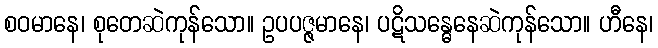
စဝမာနေ၊ စုတေဆဲကုန်သော။ ဥပပဇ္ဇမာနေ၊ ပဋိသန္ဓေနေဆဲကုန်သော။ ဟီနေ၊